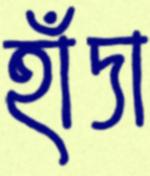
হাঁদা